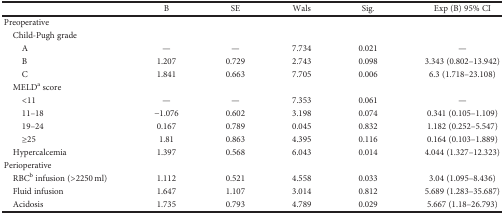
|  | B | SE | Wals | Sig. | Exp (B) 95% CI |
 | --- | --- | --- | --- | --- | --- |
 | Preoperative |  |  |  |  |  |
 | Child-Pugh grade |  |  |  |  |
 | A | — | — | 7.734 | 0.021 | — |
 | B | 1.207 | 0.729 | 2.743 | 0.098 | 3.343 (0.802–13.942) |
 | C | 1.841 | 0.663 | 7.705 | 0.006 | 6.3 (1.718–23.108) |
 | MELDa score |  |  |  |  |  |
 | <11 | — | — | 7.353 | 0.061 | — |
 | 11–18 | −1.076 | 0.602 | 3.198 | 0.074 | 0.341 (0.105–1.109) |
 | 19–24 | 0.167 | 0.789 | 0.045 | 0.832 | 1.182 (0.252–5.547) |
 | ≥25 | 1.81 | 0.863 | 4.395 | 0.116 | 0.164 (0.103–1.889) |
 | Hypercalcemia | 1.397 | 0.568 | 6.043 | 0.014 | 4.044 (1.327–12.323) |
 | Perioperative |  |  |  |  |  |
 | RBCb infusion (>2250 ml) | 1.112 | 0.521 | 4.558 | 0.033 | 3.04 (1.095–8.436) |
 | Fluid infusion | 1.647 | 1.107 | 3.014 | 0.812 | 5.689 (1.283–35.687) |
 | Acidosis | 1.735 | 0.793 | 4.789 | 0.029 | 5.667 (1.18–26.793) |